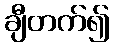
ချီတက်၍